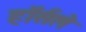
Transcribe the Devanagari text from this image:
हॉर्सले